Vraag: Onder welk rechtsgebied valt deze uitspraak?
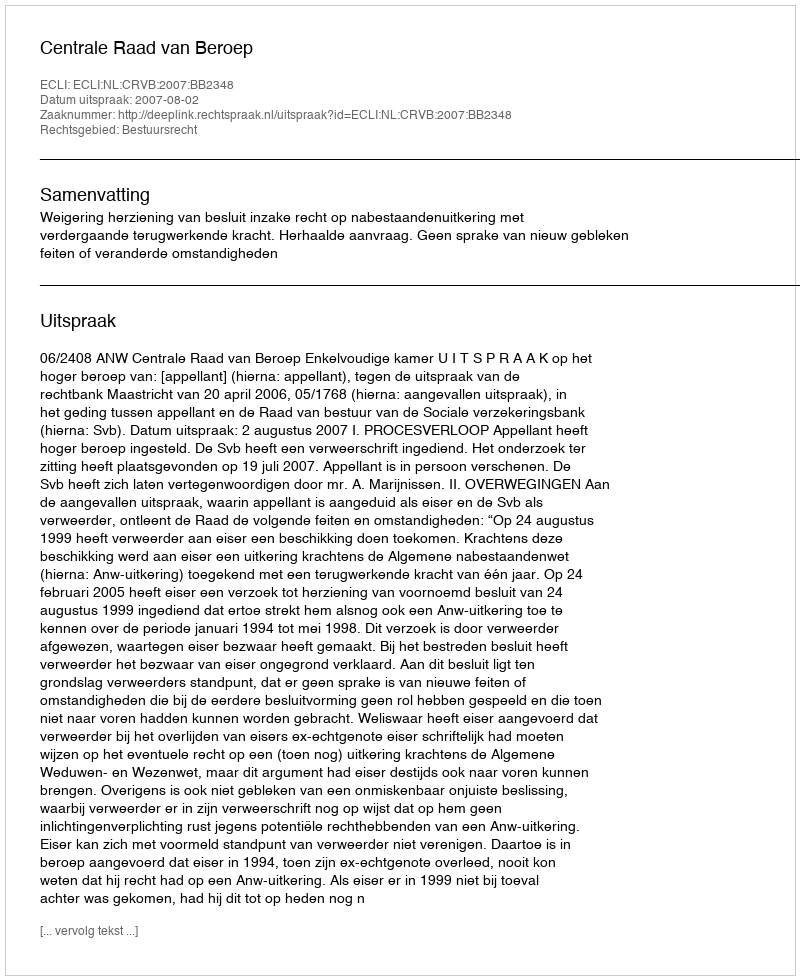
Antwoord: Bestuursrecht